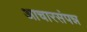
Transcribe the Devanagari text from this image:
आचारसंपन्न